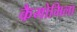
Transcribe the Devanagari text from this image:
कैमोमिला